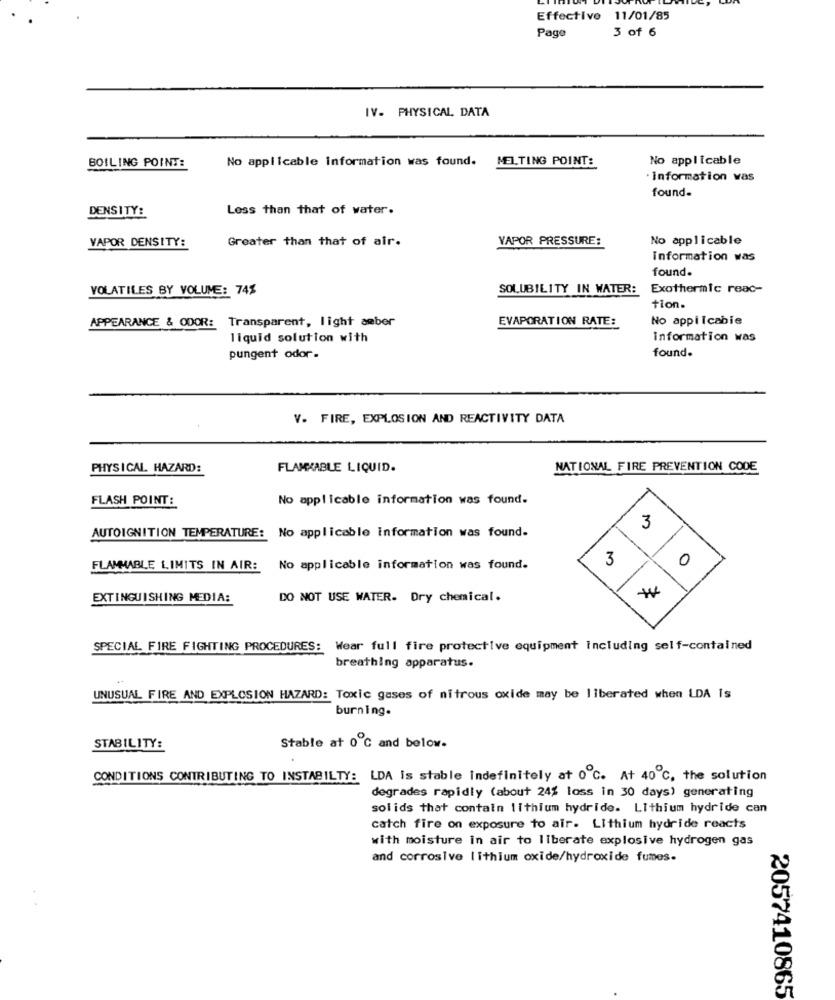
Effective 11/01/85
3 of 6
Page
IV- PHYSICAL DATA
No applicable Information was found.
MELTING POINT:
No applicable
BOILING POINT:
· Information vas
found-
DENSITY:
Less than that of water.
VAPOR DENSITY:
Greater than that of air.
VAPOR PRESSURE:
No applicable
information was
found.
VOLATILES BY VOLUME: 74%
SOLUBILITY IN WATER:
Exothermic reac-
tion.
APPEARANCE & ODOR: Transparent, light amber
EVAPORATION RATE:
No appiIcabie
liquid solution with
information was
found.
pungent odor-
V. FIRE, EXPLOSION AND REACTIVITY DATA
PHYSICAL HAZARD:
FLAMMABLE LIQUID.
NATIONAL FIRE PREVENTION CODE
FLASH POINT:
No applicable information was found.
3
AUTOIGNITION TEMPERATURE: No applicable information was found.
3
0
FLAMMABLE LIMITS IN AIR:
No applicable information was found.
EXTINGUISHING MEDIA:
DO NOT USE WATER. Dry chemical.
SPECIAL FIRE FIGHTING PROCEDURES: Wear full fire protective equipment Including self-contained
breathing apparatus.
UNUSUAL FIRE AND EXPLOSION HAZARD: Toxic gases of nitrous oxide may be liberated when LDA Is
burning.
STABILITY:
Stable at 0 ℃ and below-
CONDITIONS CONTRIBUTING TO INSTABILTY: LDA Is stable indefinitely at 0 ℃. At 40℃, the solution
degrades rapidly (about 24% loss in 30 days) generating
solids that contain lithium hydride. Lithium hydride can
catch fire on exposure to air. Lithium hydride reacts
with moisture in air to liberate explosive hydrogen gas
and corrosive lithium oxide/hydroxide fumes.
2057410865